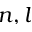
n , l